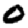
Digit: 0